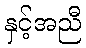
နှင့်အညီ